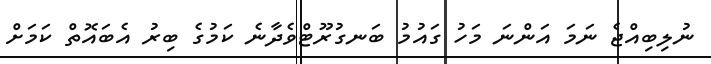
ނުލިބިއްޖެ ނަމަ އަންނަ މަހު ގައުމު ބަނގުރޫޓްވެދާނެ ކަމުގެ ބިރު އެބައޮތް ކަމަށް